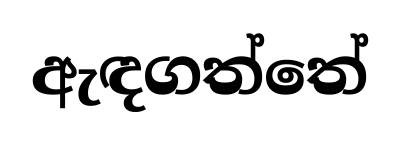
ඇඳගත්තේ